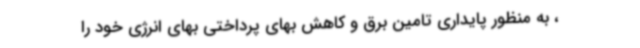
، به منظور پایداری تامین برق و کاهش بهای پرداختی بهای انرژی خود را